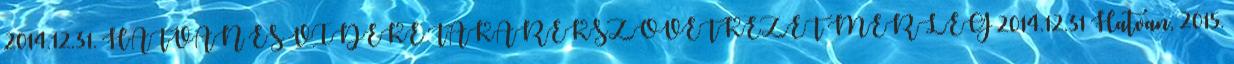
2014.12.31. HATVAN ÉS VIDÉKE TAKARÉKSZÖVETKEZET MÉRLEG 2014.12.31 Hatvan, 2015.